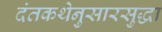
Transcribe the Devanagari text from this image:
दंतकथेनुसारसुद्धा